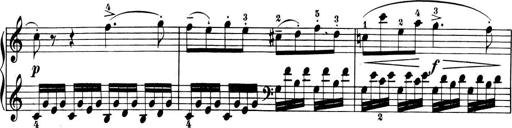
Title: 6 Piano Sonatinas
Composer: Cornelius Gurlitt